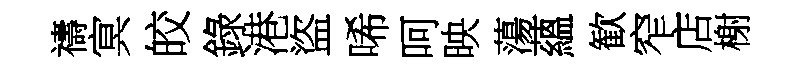
禱㝠皎錄港盜唏呵映蕩蘊歓窄店榭